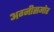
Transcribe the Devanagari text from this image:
अग्नीसमोर